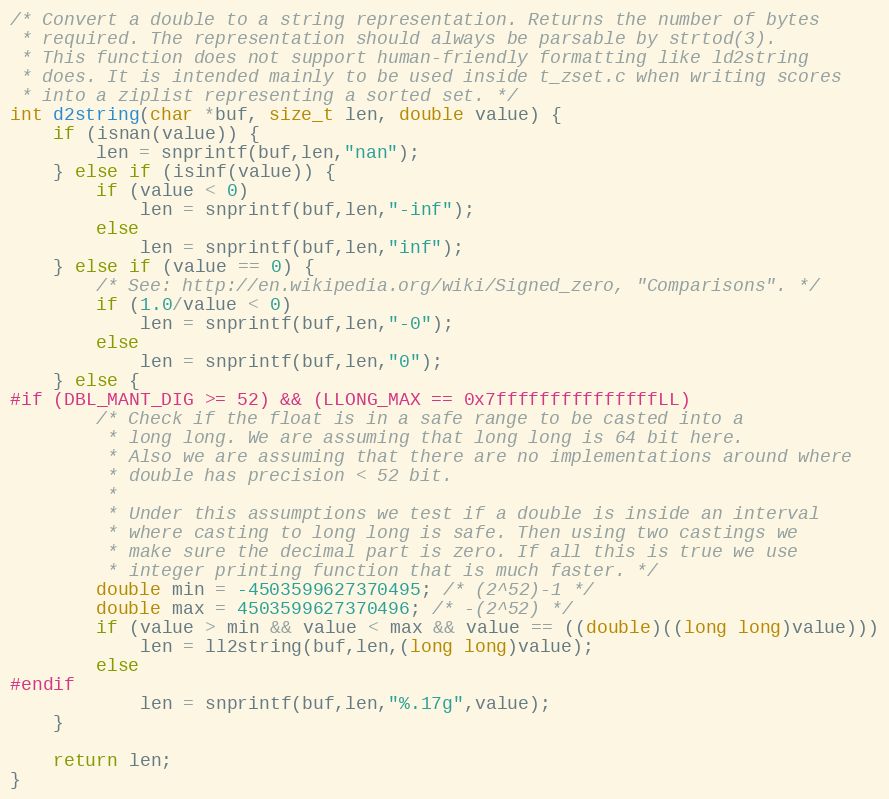
Language: C
/* Convert a double to a string representation. Returns the number of bytes
 * required. The representation should always be parsable by strtod(3).
 * This function does not support human-friendly formatting like ld2string
 * does. It is intended mainly to be used inside t_zset.c when writing scores
 * into a ziplist representing a sorted set. */
int d2string(char *buf, size_t len, double value) {
    if (isnan(value)) {
        len = snprintf(buf,len,"nan");
    } else if (isinf(value)) {
        if (value < 0)
            len = snprintf(buf,len,"-inf");
        else
            len = snprintf(buf,len,"inf");
    } else if (value == 0) {
        /* See: http://en.wikipedia.org/wiki/Signed_zero, "Comparisons". */
        if (1.0/value < 0)
            len = snprintf(buf,len,"-0");
        else
            len = snprintf(buf,len,"0");
    } else {
#if (DBL_MANT_DIG >= 52) && (LLONG_MAX == 0x7fffffffffffffffLL)
        /* Check if the float is in a safe range to be casted into a
         * long long. We are assuming that long long is 64 bit here.
         * Also we are assuming that there are no implementations around where
         * double has precision < 52 bit.
         *
         * Under this assumptions we test if a double is inside an interval
         * where casting to long long is safe. Then using two castings we
         * make sure the decimal part is zero. If all this is true we use
         * integer printing function that is much faster. */
        double min = -4503599627370495; /* (2^52)-1 */
        double max = 4503599627370496; /* -(2^52) */
        if (value > min && value < max && value == ((double)((long long)value)))
            len = ll2string(buf,len,(long long)value);
        else
#endif
            len = snprintf(buf,len,"%.17g",value);
    }

    return len;
}